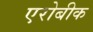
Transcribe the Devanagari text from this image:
एरोबीक